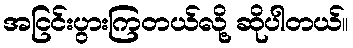
အငြင်းပွားကြတယ်လို့ ဆိုပါတယ်။